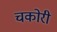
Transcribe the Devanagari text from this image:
चकोरी